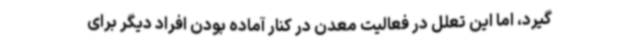
گیرد، اما این تعلل در فعالیت معدن در کنار آماده بودن افراد دیگر برای